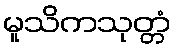
မူသိကသုတ္တံ